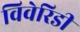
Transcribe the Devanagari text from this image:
विवेरिडी